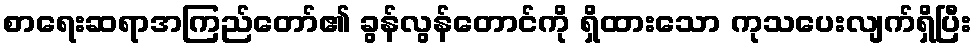
စာရေးဆရာအကြည်တော်၏ ခွန်လွန်တောင်ကို ရှိထားသော ကုသပေးလျက်ရှိပြီး